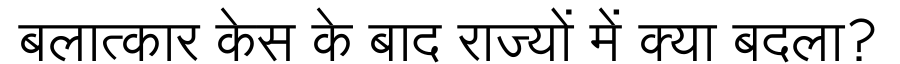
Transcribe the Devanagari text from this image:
बलात्कार केस के बाद राज्यों में क्या बदला?